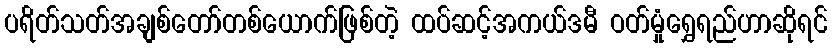
ပရိတ်သတ်အချစ်တော်တစ်ယောက်ဖြစ်တဲ့ ထပ်ဆင့်အကယ်ဒမီ ဝတ်မှုံရွှေရည်ဟာဆိုရင်